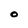
Character: O